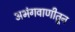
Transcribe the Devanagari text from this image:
अभंगवाणीतून